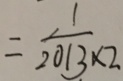
= \frac { 1 } { 2 0 1 3 \times 2 }